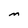
Character: M